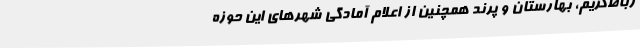
رباط‌کریم، بهارستان و پرند همچنین از اعلام آمادگی شهرهای این حوزه